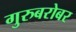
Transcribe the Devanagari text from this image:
गुरुबरोबर